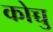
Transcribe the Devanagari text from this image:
कोच्चु